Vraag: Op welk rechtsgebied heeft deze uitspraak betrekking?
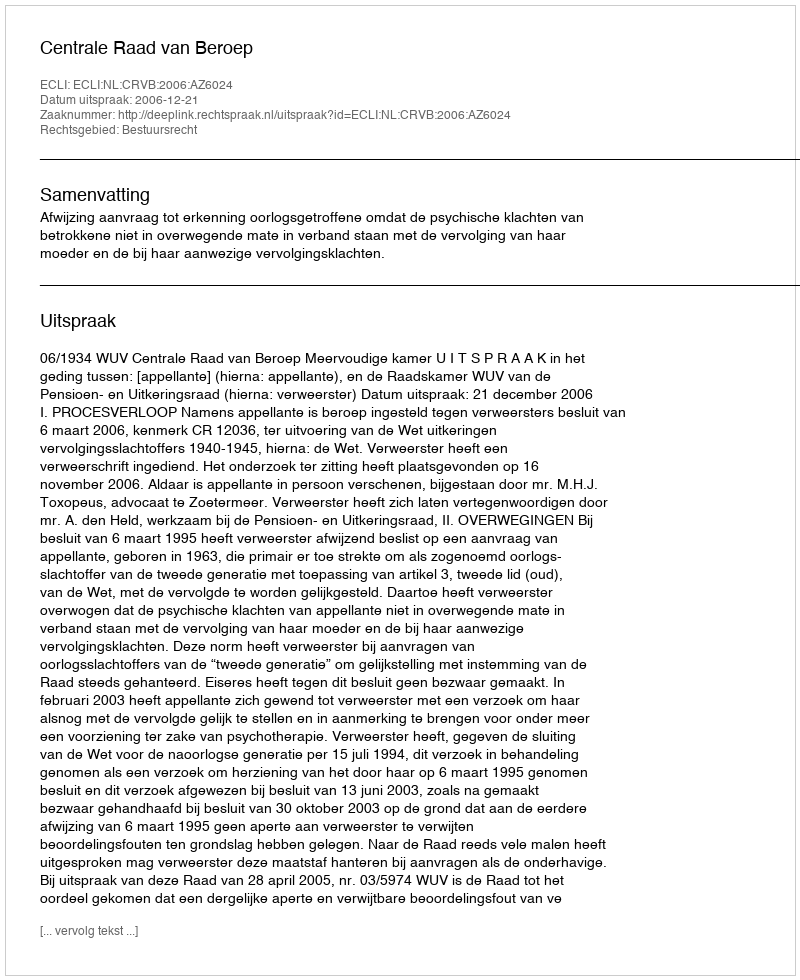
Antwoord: Bestuursrecht